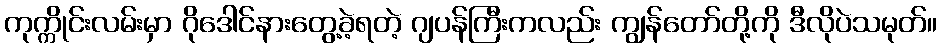
ကုက္ကိုင်းလမ်းမှာ ဂိုဒေါင်နားတွေ့ခဲ့ရတဲ့ ဂျပန်ကြီးကလည်း ကျွန်တော်တို့ကို ဒီလိုပဲသမုတ်။